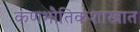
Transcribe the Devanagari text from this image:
कणभौतिकशास्त्रात